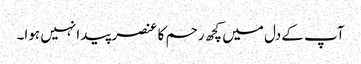
آپ کے دل میں کچھ رحم کا عنصر پیدا نہیں ہوا۔